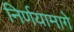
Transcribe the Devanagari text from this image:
निर्णयामागे